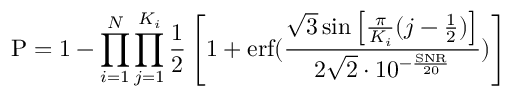
\mathrm { P } = 1 - \prod _ { i = 1 } ^ { N } \prod _ { j = 1 } ^ { K _ { i } } \frac { 1 } { 2 } \left[ 1 + \mathrm { e r f } ( \frac { \sqrt { 3 } \sin \left[ \frac { \pi } { K _ { i } } ( j - \frac { 1 } { 2 } ) \right] } { 2 \sqrt { 2 } \cdot 1 0 ^ { - \frac { \mathrm { S N R } } { 2 0 } } } ) \right]